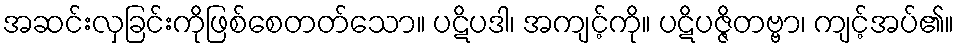
အဆင်းလှခြင်းကိုဖြစ်စေတတ်သော။ ပဋိပဒါ၊ အကျင့်ကို။ ပဋိပဇ္ဇိတဗ္ဗာ၊ ကျင့်အပ်၏။